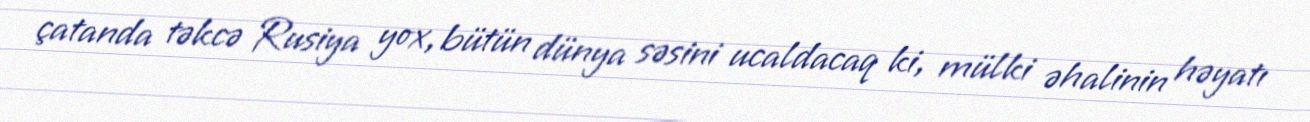
çatanda təkcə Rusiya yox, bütün dünya səsini ucaldacaq ki, mülki əhalinin həyatı